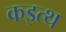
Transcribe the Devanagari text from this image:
कइत्थ